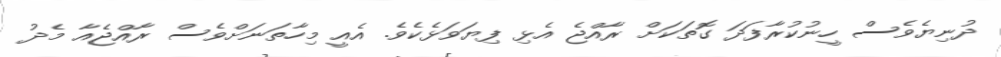
ދުނިޔެވެސް ހީނުކުރާފަދަ ގޮތަކަށް ރާއްޖެ އެޅި ފިޔަވަޅެކެވެ. އެއީ މިހާތަނަށްވެސް ރާއްޖެއާ މެދު